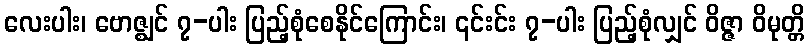
လေးပါး၊ ဗောဇ္ဈင် ၇-ပါး ပြည့်စုံစေနိုင်ကြောင်း၊ ၎င်းင်း ၇-ပါး ပြည့်စုံလျှင် ဝိဇ္ဇာ ဝိမုတ္တိ